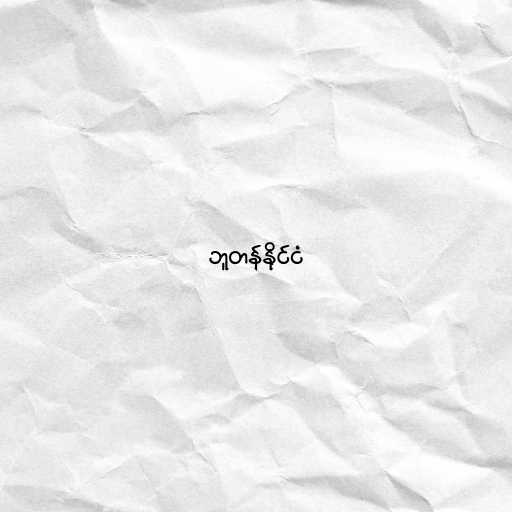
ဘူတန်နိုင်ငံ